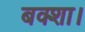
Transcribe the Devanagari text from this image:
बक्शा।